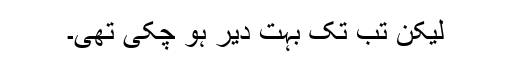
لیکن تب تک بہت دیر ہو چکی تھی۔